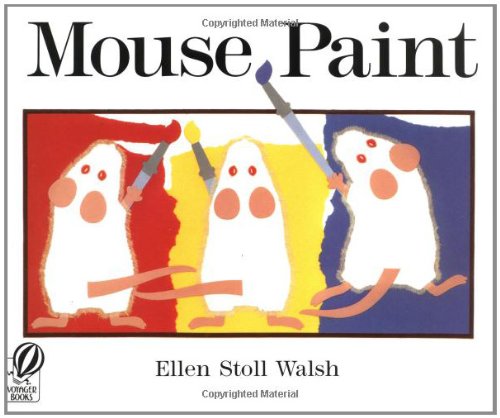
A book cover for Mouse Paint; Ellen Stoll Walsh; Children's Books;